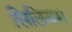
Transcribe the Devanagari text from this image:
सिलिबम